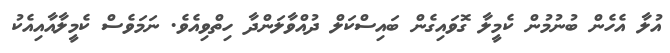
އުލާ އެހެން ބުނުމުން ކެމީލާ ގޮވައިގެން ބައިސްކަލް ދުއްވާލަންދާ ހިތްވިއެވެ. ނަމަވެސް ކެމީލާއާއިއެކު